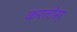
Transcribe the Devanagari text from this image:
करतोस्